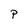
Character: P